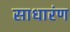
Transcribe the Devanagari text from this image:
साधारंण